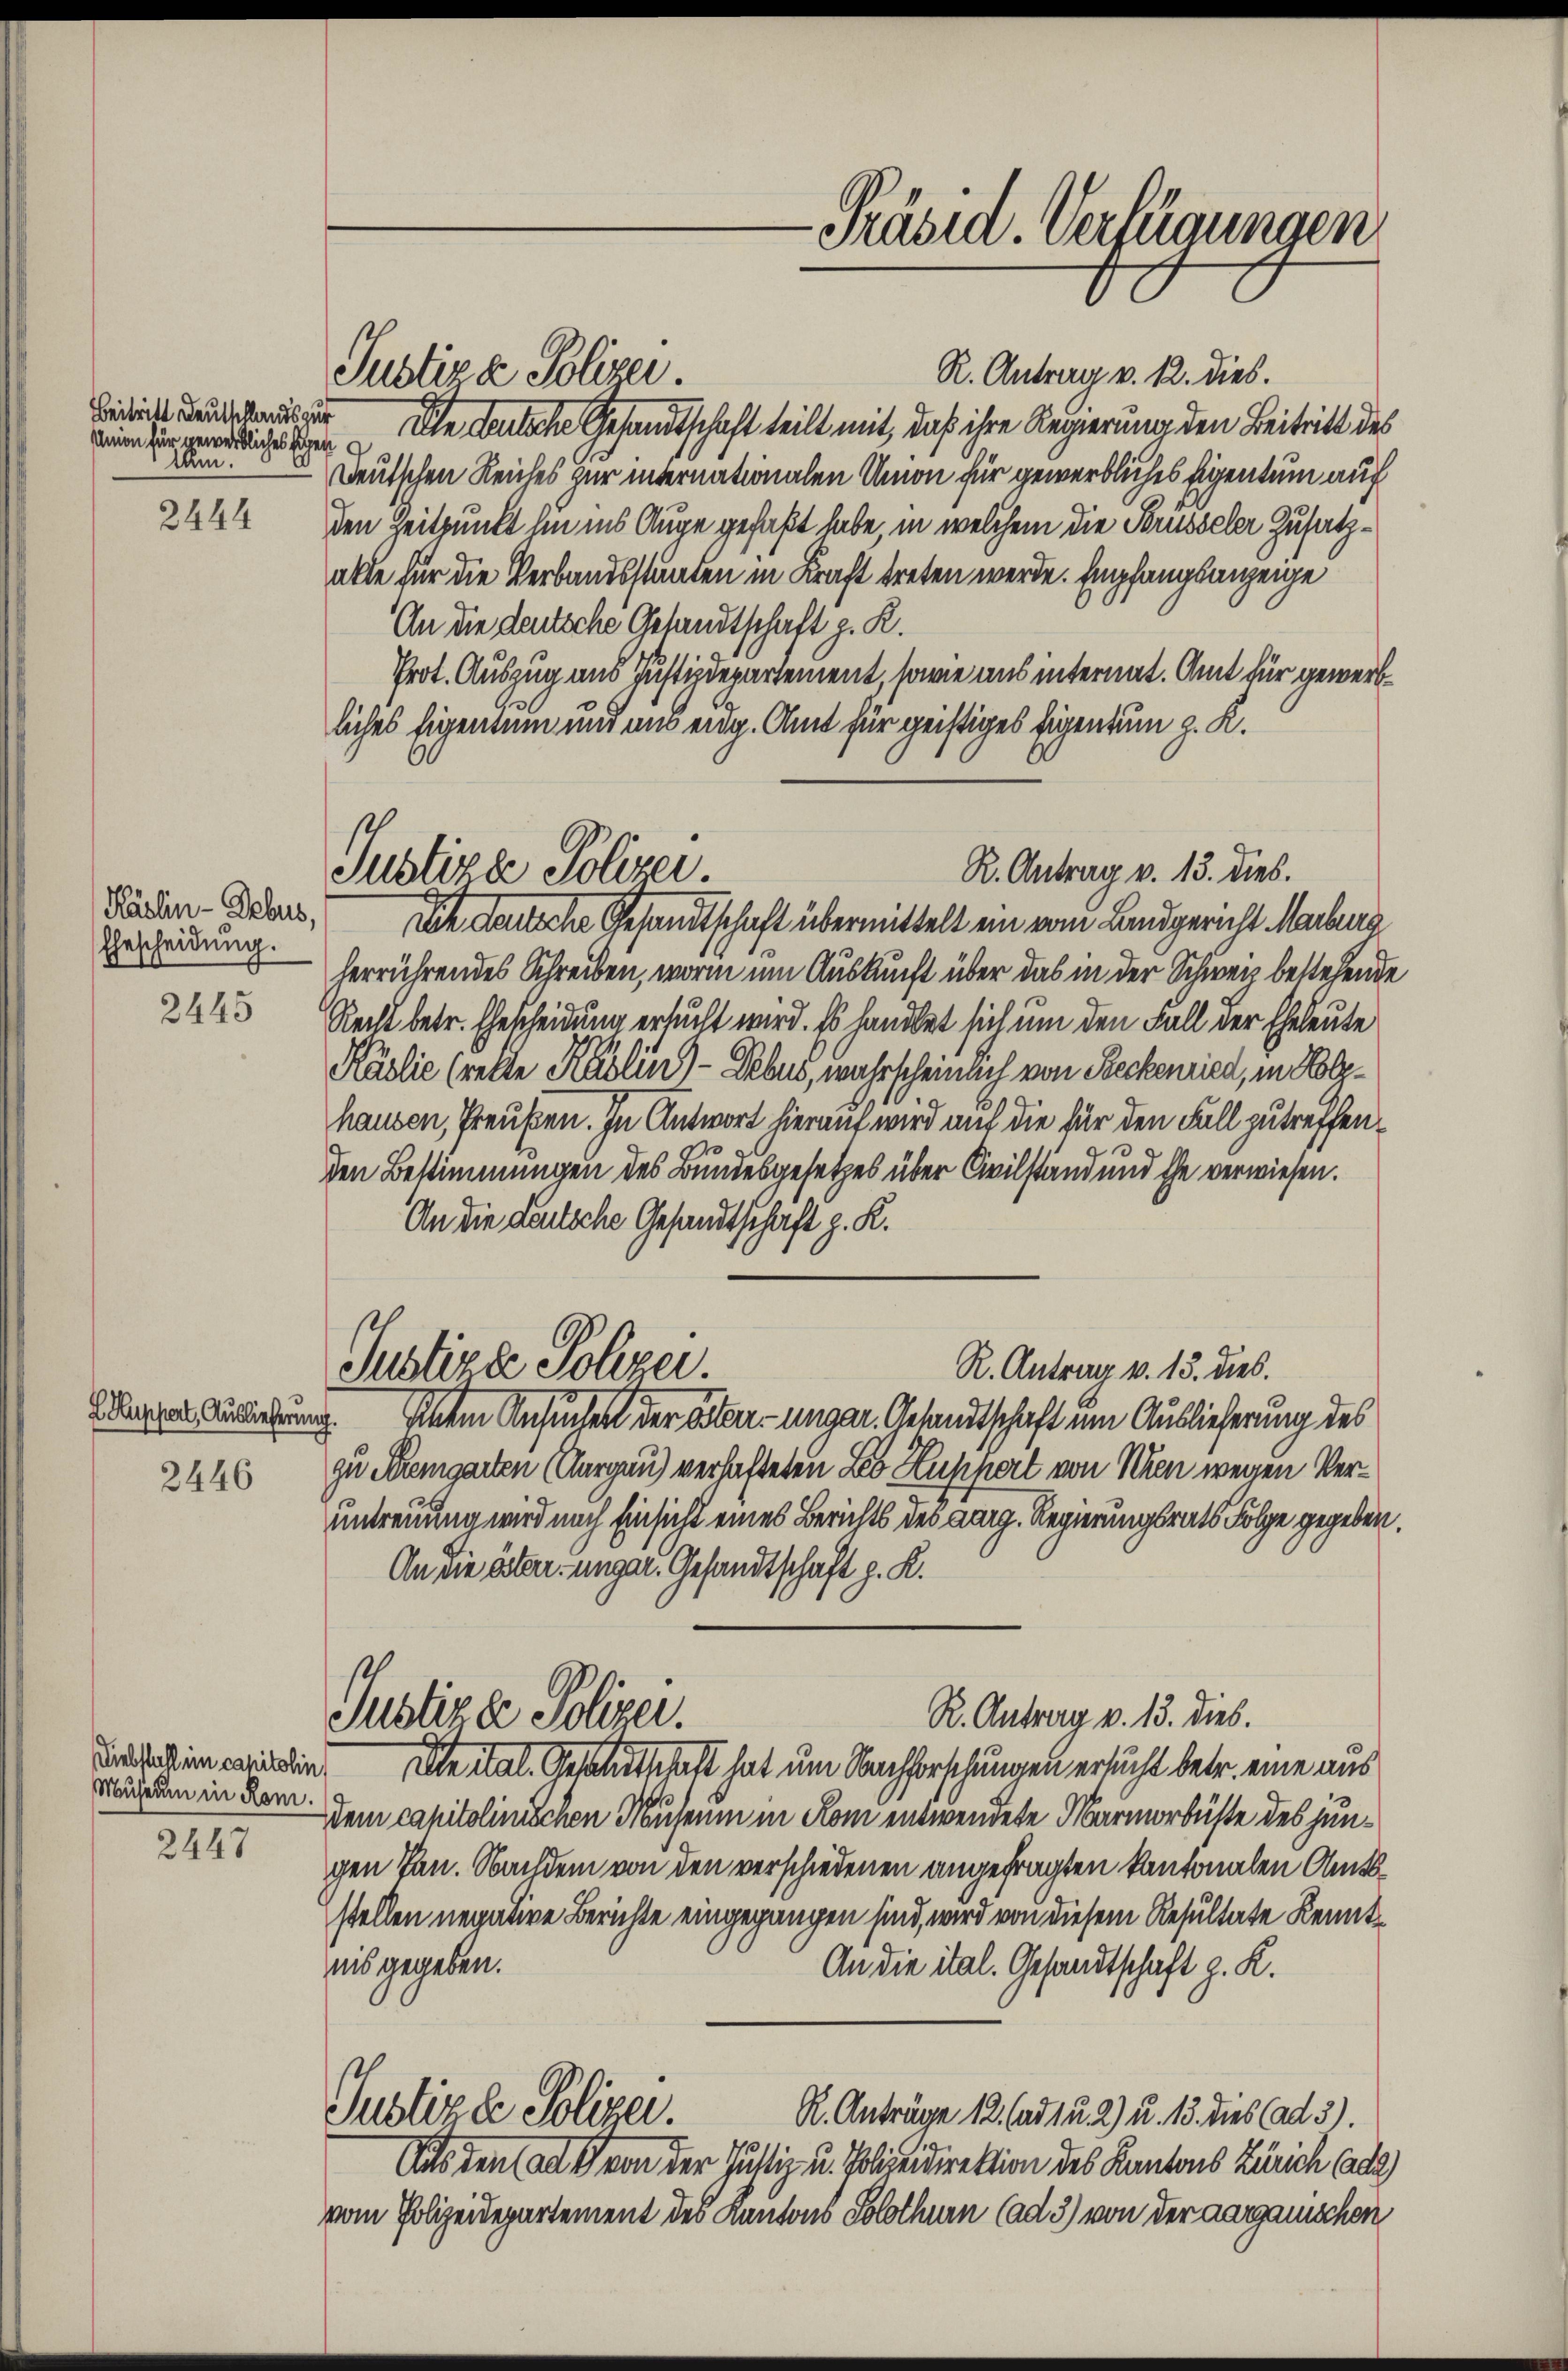
sunion für gewerbliches Eigen
Ihm.

2444

Käslin-Belus,
Ehescheidung.

2445

2446

Museum in Rom.

2III

Justiza Polizei.

Beide desser Ihn deutsche Gesandtschaft teilt mit, daß ihre Regierung den Beitritt des
Deutschen Reiches zur internationalen Union für gewerbliches Eigentum auf
den Zeitpunkt in ins Auge gefaßt habe, in welchem die Brüsseler Zusatzalle für die Verbandsstanden in Kraft treten werde. Empfangsanzeige
An die deutsche Gesandtschaft z. K.
Prot. Auszug und Justizdepartement, sowie aus internat. Amt für gewerbliches Eigentum und aus eidg. Amt für geistiges Eigentum z. K.

R. Antrag v. 13. Dieb.
Justiza Polizei

Justiza Polzer.
R. Antrag v. 13. dies.

Präsid. Verfügungen

R. Antrag v. 12. dies.

Die darsche Gesandtschaft übermittelt ein vom Landgericht Marburg
herrührendes Schreiben, worinn um Auskunft über das in der Schweiz bestehende
Recht betr. Ehescheidung ersucht wird. Es handlet sich um den Fall der Eheleute
Käslie (rette Käslin)- Labus, wahrscheinlich von Beckenried, in Holzhausen, Preußen. In Antwort hierauf wird auf die für den Fall zu treffenden Bestimmungen des Bundesgesetzes über Civilstand und Ehe verwiesen.
An die deutsche Gesandtschaft z. K.
Edlerer Auslegung. Item Ansucher der Ober-ungar. Gesandtschaft um Auslieferung des
zu Bremgarten (Aargau) verhafteten Leb Hupport von Schen wegen Veruntreuung wird nach Einsicht eines Berichts des aarg. Regierungsrath Folge gegeben.
An die über ungar. Gesandtschaft z. K.
R. Antrag v. 13. dies.
Justizde Polizei.
in werden Alle ital. Gesandtschaft hat um Nachforschungen ersucht betr. eine aus
Dem capitalinischen Museum in Rom entwendete Marmorbüste des jungen Tan. Nachdem von den verschiedenen angefragten kantonalen Amtsstellen negative Berichte eingegangen sind, wird von diesem Resultate Kenntnis gegeben.
An die ital. Gesandtschaft z. K.
Justizde Polizei.
R. Anträge 12. (ad 1 u. 2) u. 13. dies (ad 3).
Aus den als ich von der Justiz- u. Polizeidirektion des Kantons Zürich Cada
vom Polizeidepartement des Kantons Solothur (ad 3) von der aargauischen